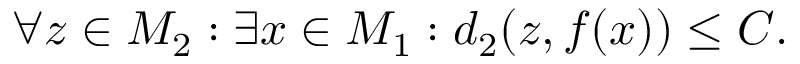
\forall z \in M _ { 2 } : \exists x \in M _ { 1 } : d _ { 2 } ( z , f ( x ) ) \leq C .